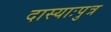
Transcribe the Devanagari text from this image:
दास्याःपुत्र